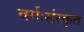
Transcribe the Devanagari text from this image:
वर्गःसंस्कृत